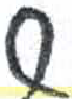
אות: ש